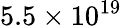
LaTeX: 5.5\times 10^{19}